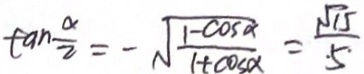
\tan \frac { \alpha } { 2 } = - \sqrt { \frac { 1 - \cos \alpha } { 1 + \cos \alpha } } = \frac { \sqrt { 1 5 } } { \cdot 5 \cdot }